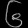
Digit: ၆